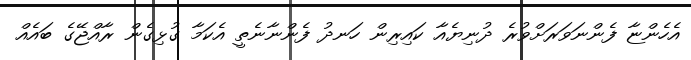
އެހެންޏާ ފެންނަވަރަށްވުރެ ދުނިޔެއާ ކައިރިން ހަނދު ފެންނާނެތީ އެކަމާ ގުޅިގެން ރާއްޖޭގެ ބައެއް